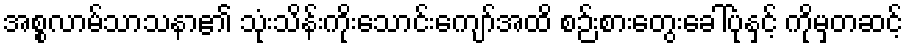
အစ္စလာမ်သာသနာ၏ သုံးသိန်းကိုးသောင်းကျော်အထိ စဉ်းစားတွေးခေါ်ပုံနှင့် ကိုမှတဆင့်